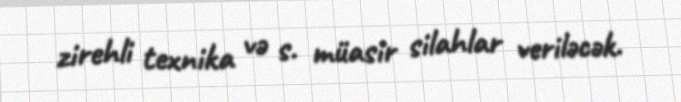
zirehli texnika və s. müasir silahlar veriləcək.